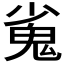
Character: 𮫝